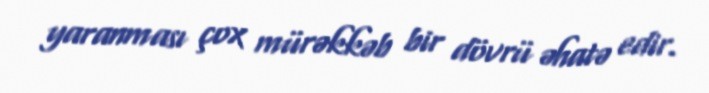
yaranması çox mürəkkəb bir dövrü əhatə edir.